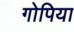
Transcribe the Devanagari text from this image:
गोपिया